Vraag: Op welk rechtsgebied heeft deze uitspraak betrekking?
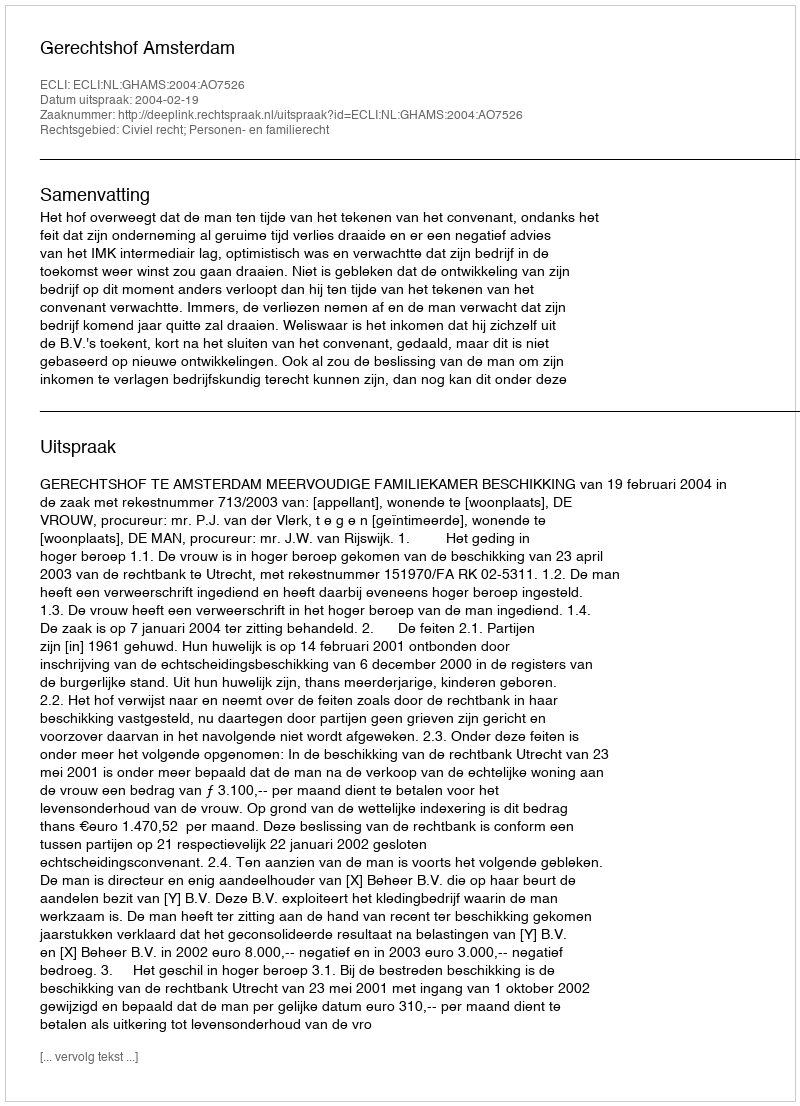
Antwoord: Civiel recht; Personen- en familierecht